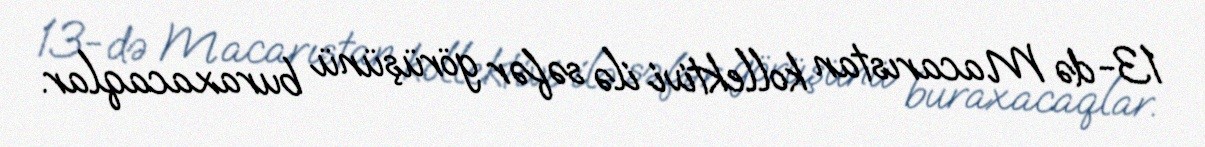
13-də Macarıstan kollektivi ilə səfər görüşünü buraxacaqlar.